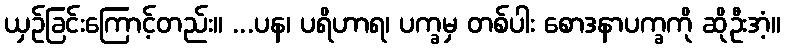
ယှဉ်ခြင်းကြောင့်တည်း။ ...ပန၊ ပရိဟာရ၊ ပက္ခမှ တစ်ပါး စောဒနာပက္ခကို ဆိုဦးအံ့။